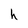
Character: h